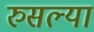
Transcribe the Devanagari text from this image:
रुसल्या